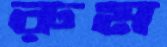
রুম